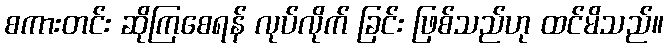
စကားတင်း ဆိုကြစေရန် လုပ်လိုက် ခြင်း ဖြစ်သည်ဟု ထင်မိသည်။